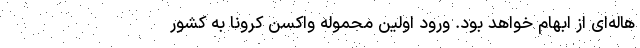
هاله‌ای از ابهام خواهد بود. ورود اولین محموله واکسن کرونا به کشور